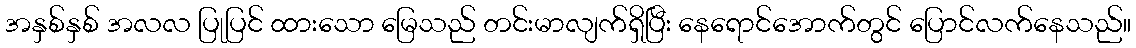
အနှစ်နှစ် အလလ ပြုပြင် ထားသော မြေသည် တင်းမာလျက်ရှိပြီး နေရောင်အောက်တွင် ပြောင်လက်နေသည်။